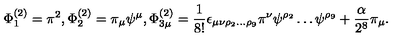
\Phi _ { 1 } ^ { ( 2 ) } = \pi ^ { 2 } , \Phi _ { 2 } ^ { ( 2 ) } = \pi _ { \mu } \psi ^ { \mu } , \Phi _ { 3 \mu } ^ { ( 2 ) } = \frac { 1 } { 8 ! } \epsilon _ { \mu \nu \rho _ { 2 } \ldots \rho _ { 9 } } \pi ^ { \nu } \psi ^ { \rho _ { 2 } } \ldots \psi ^ { \rho _ { 9 } } + \frac { \alpha } { 2 ^ { 8 } } \pi _ { \mu } .